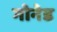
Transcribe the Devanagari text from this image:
गोनेड